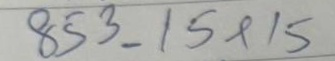
853 = 15x15